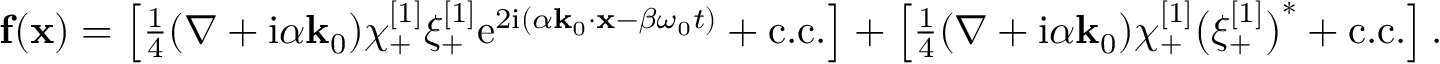
\begin{array} { r } { \mathbf { f } ( \mathbf { x } ) = \left[ \frac { 1 } { 4 } ( \nabla + \mathrm { i } \alpha \mathbf { k } _ { 0 } ) \chi _ { + } ^ { [ 1 ] } { \xi } _ { + } ^ { [ 1 ] } \mathrm { e } ^ { 2 \mathrm { i } ( \alpha \mathbf { k } _ { 0 } \cdot \mathbf { x } - \beta \omega _ { 0 } t ) } + \mathrm { c . c . } \right] + \left[ \frac { 1 } { 4 } ( \nabla + \mathrm { i } \alpha \mathbf { k } _ { 0 } ) \chi _ { + } ^ { [ 1 ] } \big ( \xi _ { + } ^ { [ 1 ] } \big ) ^ { * } + \mathrm { c . c . } \right] . } \end{array}